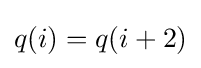
q(i)=q(i+2)